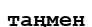
таңмен